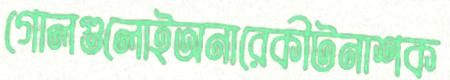
গোলগুলোইঅনারেকীটনাশক